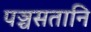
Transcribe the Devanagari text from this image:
पञ्चसतानि